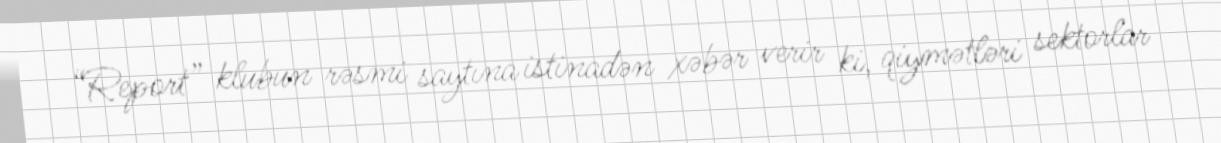
“Report” klubun rəsmi saytına istinadən xəbər verir ki, qiymətləri sektorlar